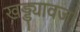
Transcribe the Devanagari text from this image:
खड्ड्यावजा